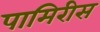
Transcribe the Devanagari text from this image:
पामिरीस